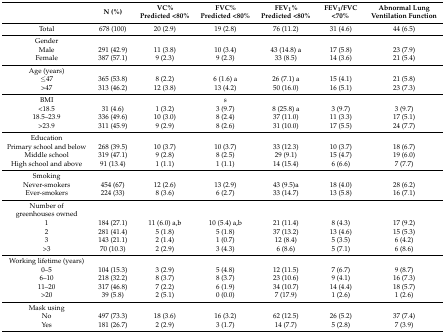
<table><thead><tr><td></td><td><b>N (%)</b></td><td><b>VC% Predicted &lt;80%</b></td><td><b>FVC% Predicted &lt;80%</b></td><td><b>FEV<sub>1</sub>% Predicted &lt;80%</b></td><td><b>FEV<sub>1</sub>/FVC &lt;70%</b></td><td><b>Abnormal Lung Ventilation Function</b></td></tr></thead><tbody><tr><td>Total</td><td>678 (100)</td><td>20 (2.9)</td><td>19 (2.8)</td><td>76 (11.2)</td><td>31 (4.6)</td><td>44 (6.5)</td></tr><tr><td>Gender</td><td></td><td></td><td></td><td></td><td></td><td></td></tr><tr><td>Male</td><td>291 (42.9)</td><td>11 (3.8)</td><td>10 (3.4)</td><td>43 (14.8) a</td><td>17 (5.8)</td><td>23 (7.9)</td></tr><tr><td>Female</td><td>387 (57.1)</td><td>9 (2.3)</td><td>9 (2.3)</td><td>33 (8.5)</td><td>14 (3.6)</td><td>21 (5.4)</td></tr><tr><td>Age (years)</td><td></td><td></td><td></td><td></td><td></td><td></td></tr><tr><td>≤47</td><td>365 (53.8)</td><td>8 (2.2)</td><td>6 (1.6) a</td><td>26 (7.1) a</td><td>15 (4.1)</td><td>21 (5.8)</td></tr><tr><td>&gt;47</td><td>313 (46.2)</td><td>12 (3.8)</td><td>13 (4.2)</td><td>50 (16.0)</td><td>16 (5.1)</td><td>23 (7.3)</td></tr><tr><td>BMI</td><td></td><td></td><td>s</td><td></td><td></td><td></td></tr><tr><td>&lt;18.5</td><td>31 (4.6)</td><td>1 (3.2)</td><td>3 (9.7)</td><td>8 (25.8) a</td><td>3 (9.7)</td><td>3 (9.7)</td></tr><tr><td>18.5–23.9</td><td>336 (49.6)</td><td>10 (3.0)</td><td>8 (2.4)</td><td>37 (11.0)</td><td>11 (3.3)</td><td>17 (5.1)</td></tr><tr><td>&gt;23.9</td><td>311 (45.9)</td><td>9 (2.9)</td><td>8 (2.6)</td><td>31 (10.0)</td><td>17 (5.5)</td><td>24 (7.7)</td></tr><tr><td>Education</td><td></td><td></td><td></td><td></td><td></td><td></td></tr><tr><td>Primary school and below</td><td>268 (39.5)</td><td>10 (3.7)</td><td>10 (3.7)</td><td>33 (12.3)</td><td>10 (3.7)</td><td>18 (6.7)</td></tr><tr><td>Middle school</td><td>319 (47.1)</td><td>9 (2.8)</td><td>8 (2.5)</td><td>29 (9.1)</td><td>15 (4.7)</td><td>19 (6.0)</td></tr><tr><td>High school and above</td><td>91 (13.4)</td><td>1 (1.1)</td><td>1 (1.1)</td><td>14 (15.4)</td><td>6 (6.6)</td><td>7 (7.7)</td></tr><tr><td>Smoking</td><td></td><td></td><td></td><td></td><td></td><td></td></tr><tr><td>Never-smokers</td><td>454 (67)</td><td>12 (2.6)</td><td>13 (2.9)</td><td>43 (9.5)a</td><td>18 (4.0)</td><td>28 (6.2)</td></tr><tr><td>Ever-smokers</td><td>224 (33)</td><td>8 (3.6)</td><td>6 (2.7)</td><td>33 (14.7)</td><td>13 (5.8)</td><td>16 (7.1)</td></tr><tr><td>Number of greenhouses owned</td><td></td><td></td><td></td><td></td><td></td><td></td></tr><tr><td>1</td><td>184 (27.1)</td><td>11 (6.0) a,b</td><td>10 (5.4) a,b</td><td>21 (11.4)</td><td>8 (4.3)</td><td>17 (9.2)</td></tr><tr><td>2</td><td>281 (41.4)</td><td>5 (1.8)</td><td>5 (1.8)</td><td>37 (13.2)</td><td>13 (4.6)</td><td>15 (5.3)</td></tr><tr><td>3</td><td>143 (21.1)</td><td>2 (1.4)</td><td>1 (0.7)</td><td>12 (8.4)</td><td>5 (3.5)</td><td>6 (4.2)</td></tr><tr><td>&gt;3</td><td>70 (10.3)</td><td>2 (2.9)</td><td>3 (4.3)</td><td>6 (8.6)</td><td>5 (7.1)</td><td>6 (8.6)</td></tr><tr><td>Working lifetime (years)</td><td></td><td></td><td></td><td></td><td></td><td></td></tr><tr><td>0–5</td><td>104 (15.3)</td><td>3 (2.9)</td><td>5 (4.8)</td><td>12 (11.5)</td><td>7 (6.7)</td><td>9 (8.7)</td></tr><tr><td>6–10</td><td>218 (32.2)</td><td>8 (3.7)</td><td>8 (3.7)</td><td>23 (10.6)</td><td>9 (4.1)</td><td>16 (7.3)</td></tr><tr><td>11–20</td><td>317 (46.8)</td><td>7 (2.2)</td><td>6 (1.9)</td><td>34 (10.7)</td><td>14 (4.4)</td><td>18 (5.7)</td></tr><tr><td>&gt;20</td><td>39 (5.8)</td><td>2 (5.1)</td><td>0 (0.0)</td><td>7 (17.9)</td><td>1 (2.6)</td><td>1 (2.6)</td></tr><tr><td>Mask using</td><td></td><td></td><td></td><td></td><td></td><td></td></tr><tr><td>No</td><td>497 (73.3)</td><td>18 (3.6)</td><td>16 (3.2)</td><td>62 (12.5)</td><td>26 (5.2)</td><td>37 (7.4)</td></tr><tr><td>Yes</td><td>181 (26.7)</td><td>2 (2.9)</td><td>3 (1.7)</td><td>14 (7.7)</td><td>5 (2.8)</td><td>7 (3.9)</td></tr></tbody></table>